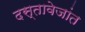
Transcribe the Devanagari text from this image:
दस्तावेजांत